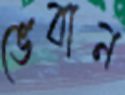
ভেবান